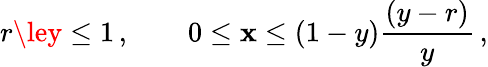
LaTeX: r\ley\le1\, ,\qquad0\le\mathbf{x}\le(1-y)\frac{{(y-r)}}{{y}}\, ,